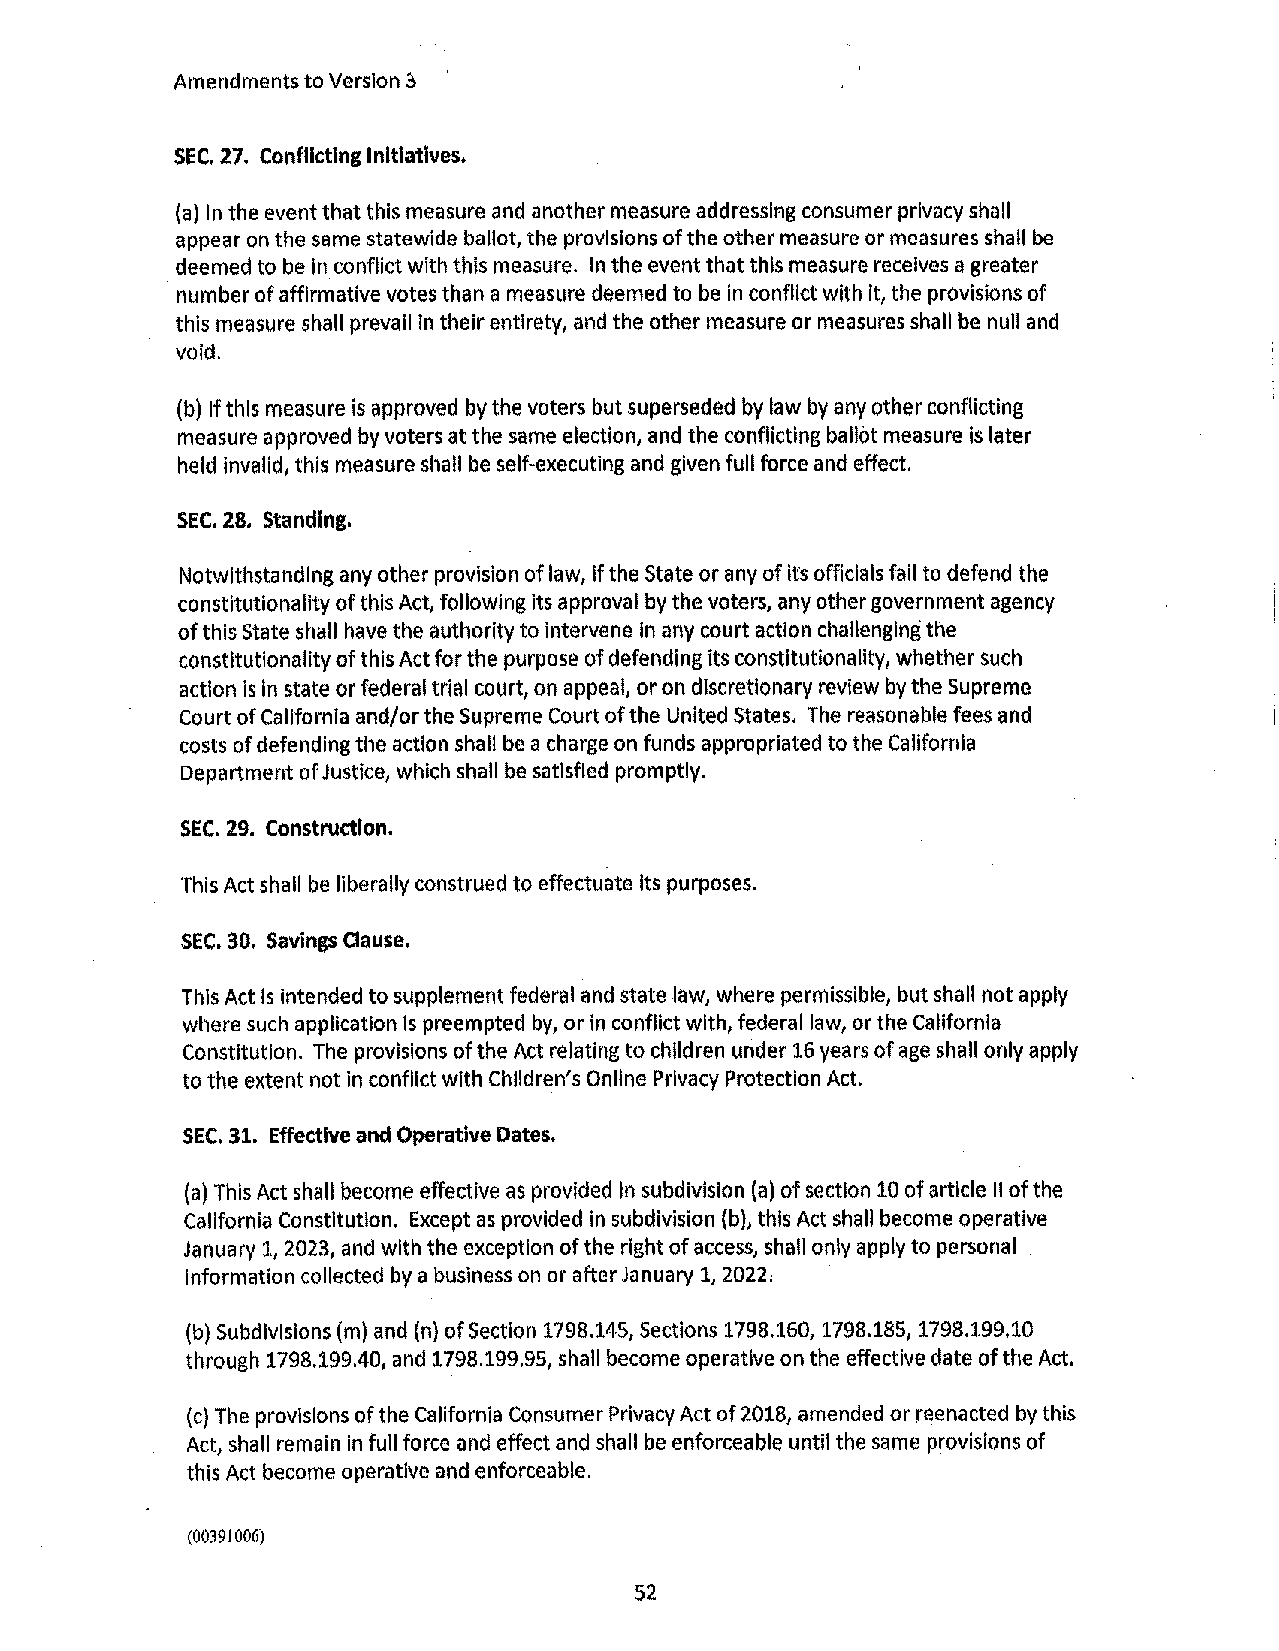
Amendments to Version ii
 SEC. 27. Conflicting Initiatives.
 (a) In the event that this measure and another measure addressing consumer privacy shall
 appear on the same statewide ballot, the provisions of the other measure or measures shall be
 deemed to be In conflict with this measure. In the event that this measure receives a greater
 number of affirmative votes than a measure deemed to be in conflict with It, the provisions of
 this measure shall prevall ln their entirety, and the other measure or measures shall be null and
 void.
 (b) If this measure is approved by the voters but superseded by law by any other conflicting
 measure approved by voters at the same election, and the conflicting ballot measure is later
 held Invalid, this measure shall be self-executing and given full force and effect.
 SEC, 28, Standing.
 Notwithstanding any other provision of law, If the State or any of its officials fail to defend the
 constitutionality of this Act, following its approval by the voters, any other government agency
 of this State shall have the authority to intervene in any court action challenging the
 constitutionality of this Act for the purpose of defending its constitutionality, whether such
 action is In state or federal trial court, on appeal, or on discretionary review by the Supreme
 Court of California and/or the Supreme Court of the United States. The reasonable fees and
 costs of defending the action shall be a charge on funds appropriated to the California
 Department of Justice, which shall be satisfied promptly.
 SEC. 29. Construction.
 This Actshall be liberally construed to effectuate its purposes.
 SEC. 30. Savings Clause,
 This Act is intended to supplement federal and state law, where permissible, but shall not apply
 where such application is preempted by, or in conflict with, federal law, or the California
 Constitution. The provisions of the Act relating to children under 16 years of age shall only apply
 to the extent not in conflict with Children's Online Privacy Protection Act.
 SEC, 31. Effective and Operative Dates.
 (a) This Act shall become effective as provided In subdivision (a) of section 10 of article II of the
 California Constitution. Except as provided In subdivision (b), this Act shall become operative
 January 1, 2023, and with the exception of the right of access, shall only apply to personal
 information collected by a business on or after January 1, 2022,
 (b) Subdivisions (m) and (n) of Section 1798.145, Sections 1798.160, 1798.185, 1798.199.10
 through 1798.199.40, and 1798.199.95, shall become operative on the effective date of the Act.
 (c) The provisions of the California Consumer Privacy Act of 2018, amended or reenacted by this
 Act, shall remain in full force and effect and shall be enforceable until the same provisions of
 this Act become operative and enforceable.
 (00391006)
 52